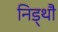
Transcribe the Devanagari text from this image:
निड्थौ